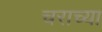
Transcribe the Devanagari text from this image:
चराच्या